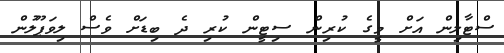
ސްޓާލިން އަށް މީގެ ކުރިން ސިޓީން ކުރި ދެ ބިޑަށް ވެސް ލިވަޕޫލުން